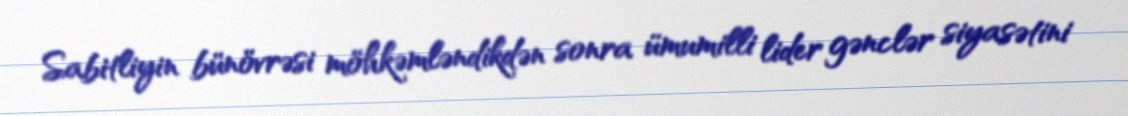
Sabitliyin bünövrəsi möhkəmləndikdən sonra ümumilli lider gənclər siyasətini